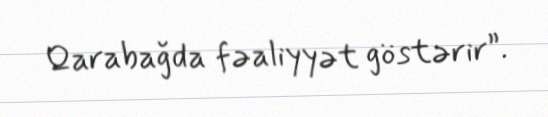
Qarabağda fəaliyyət göstərir”.